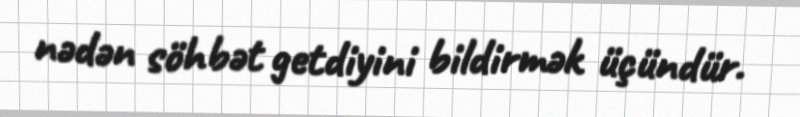
nədən söhbət getdiyini bildirmək üçündür.